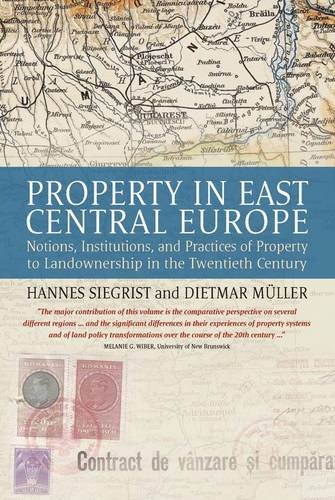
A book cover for Property in East Central Europe: Notions, Institutions, and Practices of Landownership in the Twentieth Century; Law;